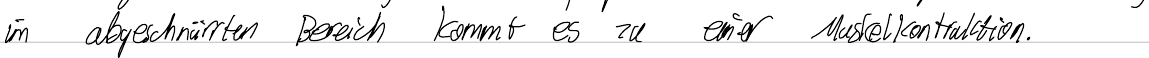
im abgeschnürten Bereich kommt es zu einer Muskelkontraktion.